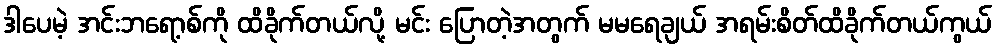
ဒါပေမဲ့ အင်းဘရော့စ်ကို ထိခိုက်တယ်လို့ မင်း ပြောတဲ့အတွက် မမရေချယ် အရမ်းစိတ်ထိခိုက်တယ်ကွယ်